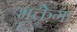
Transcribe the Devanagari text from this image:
भुक्तेगा